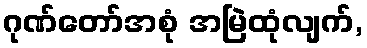
ဂုဏ်တော်အစုံ အမြဲထုံလျက်,